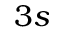
3 s